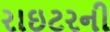
રાઇટરની